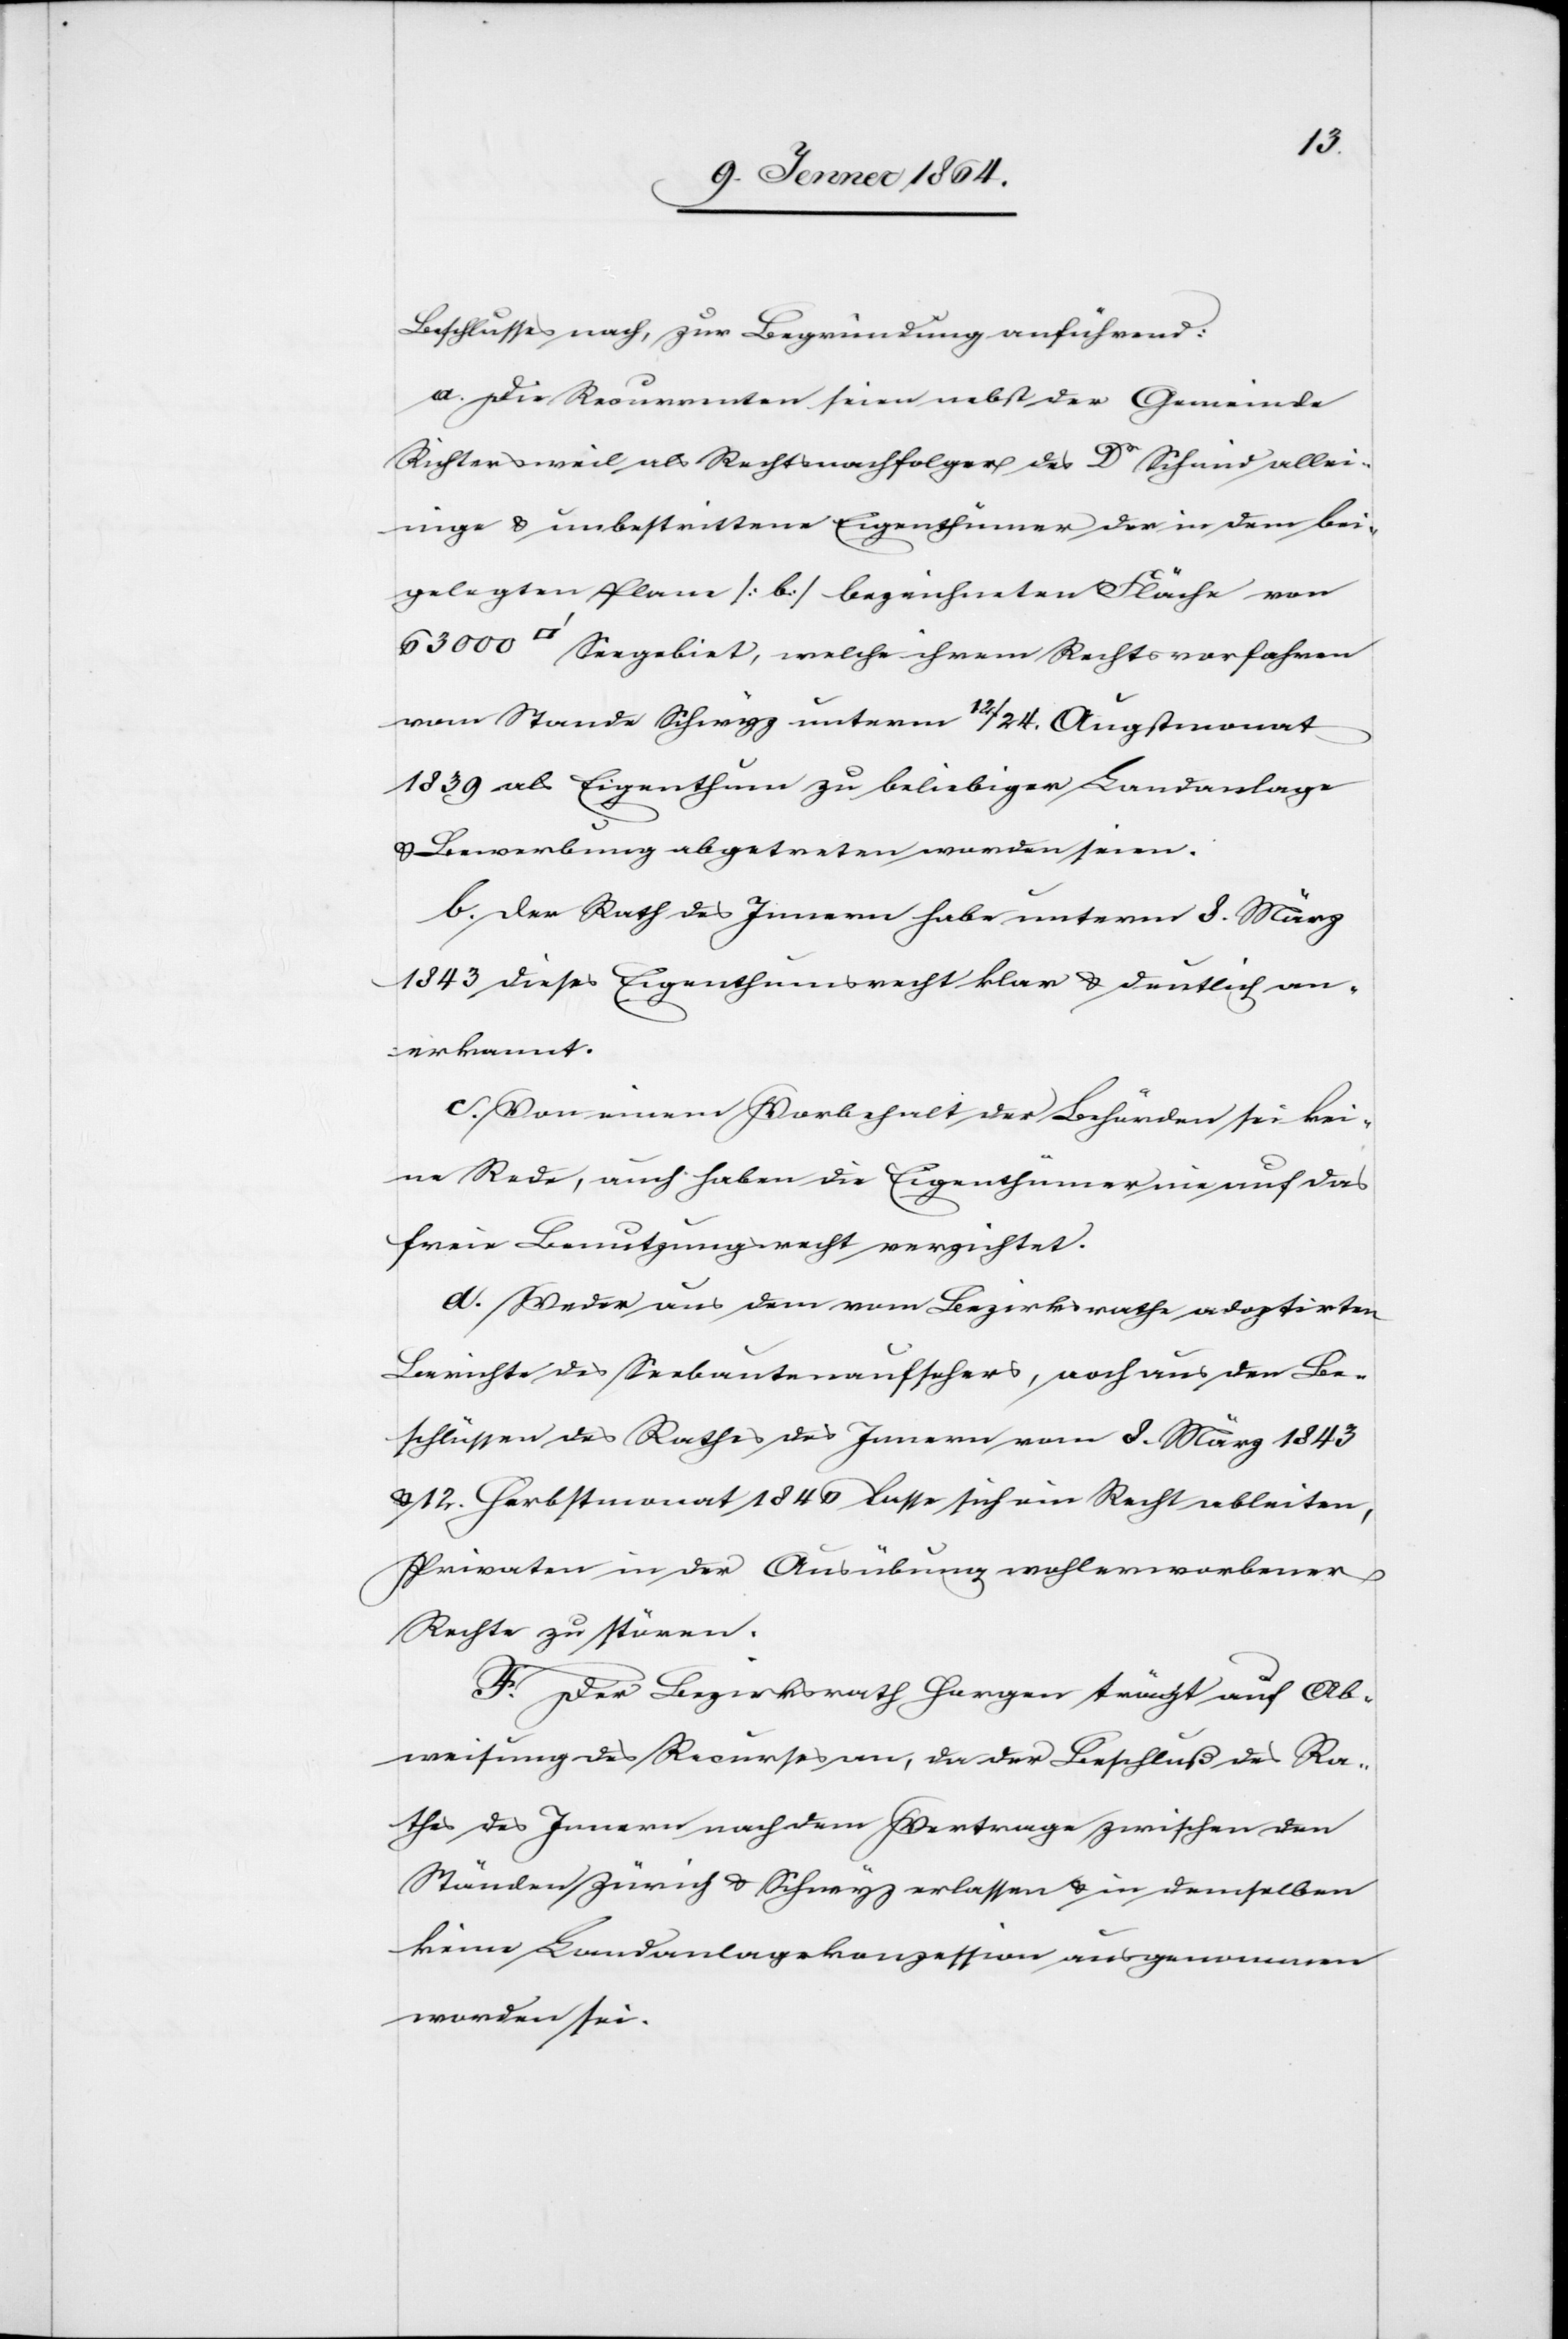
Beschlusses nach, zur Begründung anführend:
a. Die Recurrenten seien nebst der Gemeinde
Richtersweil als Rechtsnachfolger des Dr Schmid allei¬
nige u. unbestrittene Eigenthümer der in dem bei¬
gelegten Plane [b] bezeichneten Fläche von
63 000 [Quadratfuss] Seegebiet, welche ihrem Rechtsvorfahren
vom Stande Schwyz unterm 12./24. Augustmonat
1839 als Eigenthum zu beliebiger Landanlage
u. Bewerbung abgetreten worden seien.
b. Der Rath des Innern habe unterm 8. März
1843 dieses Eigenthumsrecht klar u. deutlich an¬
erkannt.
c. Von einem Vorbehalt der Behörden sei kei¬
ne Rede, auch haben Eigenthümer nie auf das
freie Benutzungsrecht verzichtet.
d. Weder aus dem vom Bezirksrathe adoptirten
Berichte des Seebautenaufsehers, noch aus den Be¬
schlüssen des Rathes des Innern vom 8. März 1843
u. 12. Herbstmonat 1840 lasse sich ein Recht ableiten,
Privaten [sic!] in der Ausübung wohlerworbener
Rechte zu stören.
F. Der Bezirksrath Horgen trägt auf Ab¬
weisung des Recurses an, da der Beschluß des Ra¬
thes des Innern nach dem Vertrage zwischen den
Ständen Zürich u. Schwyz erlassen u. in demselben
keine Landanlagekonzession ausgenommen
worden sei.